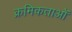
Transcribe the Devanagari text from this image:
क्रमिकताओं